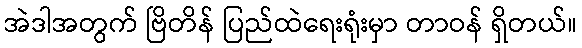
အဲဒါအတွက် ဗြိတိန် ပြည်ထဲရေးရုံးမှာ တာဝန် ရှိတယ်။